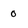
Character: 0